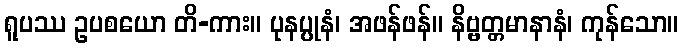
ရူပဿ ဥပစယော တိ-ကား။ ပုနပ္ပုနံ၊ အဖန်ဖန်။ နိဗ္ဗတ္တမာနာနံ၊ ကုန်သော။